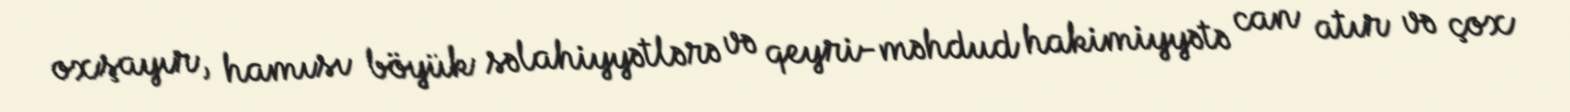
oxşayır, hamısı böyük səlahiyyətlərə və qeyri-məhdud hakimiyyətə can atır və çox